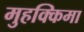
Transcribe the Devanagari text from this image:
मुहक्किमा